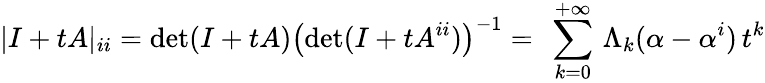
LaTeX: |I+tA|_{ii}=\mathrm{det}(I+tA)\left(\mathrm{det}(I+tA^{ii})\right)^{-1}=\ \sum_{k=0}^{+\infty}\, \Lambda_{k}({\mathbf\alpha}-{\mathbf\alpha}^{i})\, t^{k}